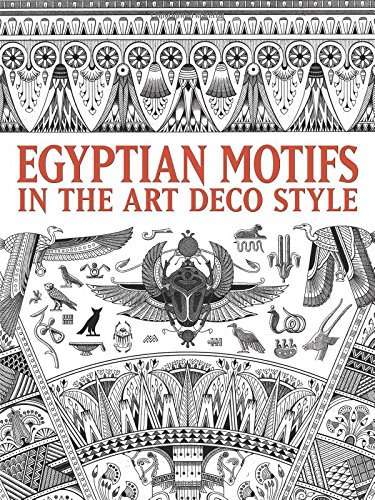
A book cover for Egyptian Motifs in the Art Deco Style (Dover Pictorial Archive); Dover; Arts & Photography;